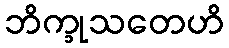
ဘိက္ခုသတေဟိ